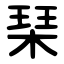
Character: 琹